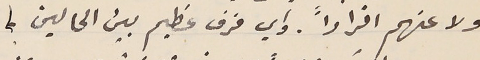
ولا عنهم افراداً. واي فرق عظيم بين الحالين؟